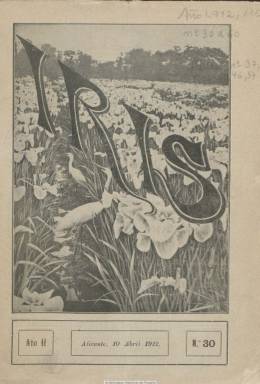
Título: Iris (Alicante)
Colección: Revistas de información general
Ámbito geográfico: Alicante
Lugar de publicación: Alicante
Fechas: 10/04/1912-19/04/1913

Revista ilustrada dedicada al fomento de las ciencias, artes, literatura, religión, deportes y espectáculos y defensora de los intereses de Alicante y su provincia, tal como expresa su información administrativa, y catalogada por Rico García (1986) como “católica”. Cuando pase de ser decenal (aparecía los días 10, 20 y 30 de cada mes) a semanal (saliendo los sábados), a partir de octubre de 1912, una nota de la redacción indicará que “seguirá cultivando la literatura sana y amena, reivindicando culto a la moral cristiana y ofreciendo siempre las más culminantes notas de actualidad”.

Es fundada por el rico comerciante alicantino dedicado a los servicios de transportes, aduanas y representación industrial Francisco Visconti Morata (1875-?), y su redactor jefe será el periodista y escritor conservador Rodolfo de Salar y Navarro (1880-1937), que probablemente sea quien utilice el seudónimo Tito Nino para firmar las crónicas de actualidad con las que comienza cada entrega. En ella colaboran un buen número de literatos.

Su primer número aparece el 10 de junio de 1911, según Albert Berenguer (1971). Cuando es decenal cuenta con 32 páginas, y después veinte, compuestas a dos columnas y con la inserción de un buen número de reclamos publicitarios comerciales.

Publica artículos y columnas de variado contenido, curiosidades, sucesos, composiciones poéticas, narraciones y cuentos, crónicas científicas de divulgación, bibliografía, festejos religiosos, reportajes sobre industrias alicantinas, pensamientos y pasatiempos. También incluye un folletín. Y tiene una sección dedicada a la mujer y otra a los niños. También organiza concursos entre sus suscriptores, así como otro de belleza femenina e infantil.

Sus textos suelen ir acompañados de fotograbados, con vistas, desfiles, procesiones religiosas y festejos, edificios monumentales y emblemáticos, retratos de personalidades, manifestaciones obreras, accidentes de tráfico, reportajes gráficos de industrias y tiras cómicas. A partir de enero de 1913 cambia el grabado de su portada por el que recoge una ilustración de la bahía de Alicante. Algunas de sus fotografías están firmadas por Rafael Reus Lavalle.

La colección de la Biblioteca Nacional de Alicante comienza en el número 30, correspondiente al diez de abril de 1912, y acaba en el número 76, de 19 de abril de 1913.